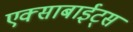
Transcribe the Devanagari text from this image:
एक्साबाईट्स